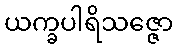
ယက္ခပါရိသဇ္ဇော